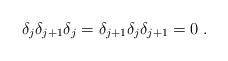
LaTeX: \begin{align*}\delta _{j}\delta _{j+1}\delta _{j}=\delta _{j+1}\delta _{j}\delta_{j+1}=0\;.\end{align*}